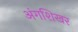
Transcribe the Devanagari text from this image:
अंगशिखर